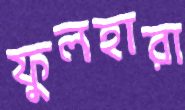
ফুলহারা